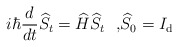
\begin{align*}i\hbar\frac{d}{dt}\widehat{S}_{t}=\widehat{H}\widehat{S}_{t}\text{ \ ,}\widehat{S}_{0}=I_{\mathrm{d}} \end{align*}